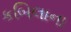
કબિલાના